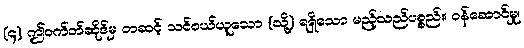
(၄) ဤဝက်ဘ်ဆိုဒ်မှ တဆင့် သင်ဝယ်ယူသော (သို့) ရရှိသော မည့်သည်ပစ္စည်း၊ ဝန်ဆောင်မှု၊